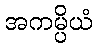
အကမ္ပိယံ